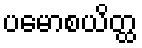
ပမောစယိတ္ထ